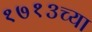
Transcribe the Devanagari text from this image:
१७१३च्या